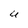
Character: U